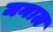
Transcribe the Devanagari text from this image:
मनाल